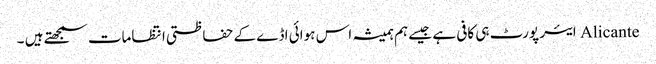
Alicante ایئر پورٹ ہی کافی ہے جیسے ہم ہمیشہ اس ہوائی اڈے کے حفاظتی انتظامات سمجھتے ہیں ۔